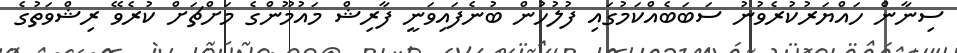
ސިނާން ހައްޔަރުކުރެވުނު ސަބަބެއްކަމުގައި ފުލުހުން ބުނެފައިވަނީ ފާރިޝް މައުމޫންގެ މަށްޗަށް ކުރެވޭ ރިޝްވަތުގެ